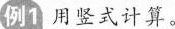
例1用竖式计算。